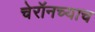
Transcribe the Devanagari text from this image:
चेरॉनच्याच